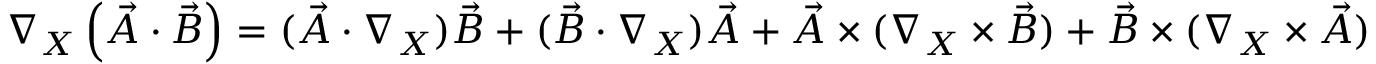
\nabla _ { X } \left( \vec { A } \cdot \vec { B } \right) = ( \vec { A } \cdot \nabla _ { X } ) \vec { B } + ( \vec { B } \cdot \nabla _ { X } ) \vec { A } + \vec { A } \times ( \nabla _ { X } \times \vec { B } ) + \vec { B } \times ( \nabla _ { X } \times \vec { A } )